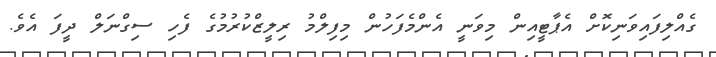
ގެއްލިފައިވަނިކޮށް އެޕާޓީއިން މިވަނީ އެންމެފަހުން މިފިލްމު ރިލީޒްކުރުމުގެ ފެހި ސިގްނަލް ދީފަ އެވެ.